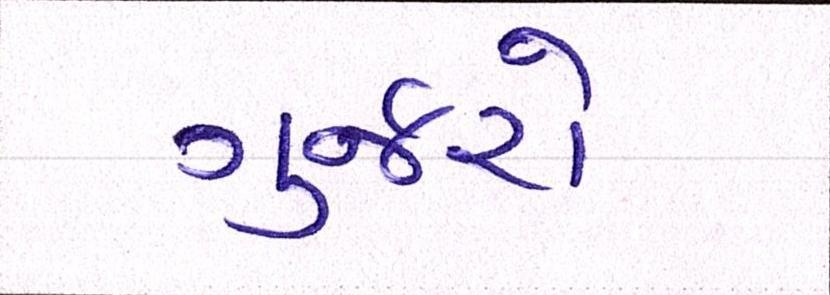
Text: ગુર્જરો